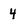
Character: 4